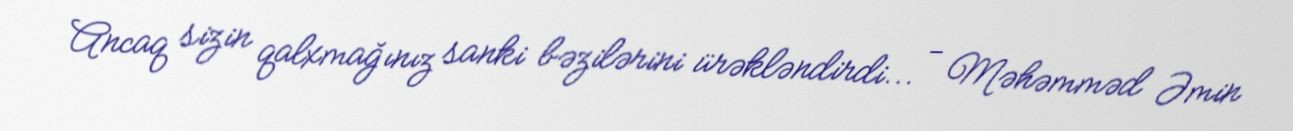
Ancaq sizin qalxmağınız sanki bəzilərini ürəkləndirdi... - Məhəmməd Əmin